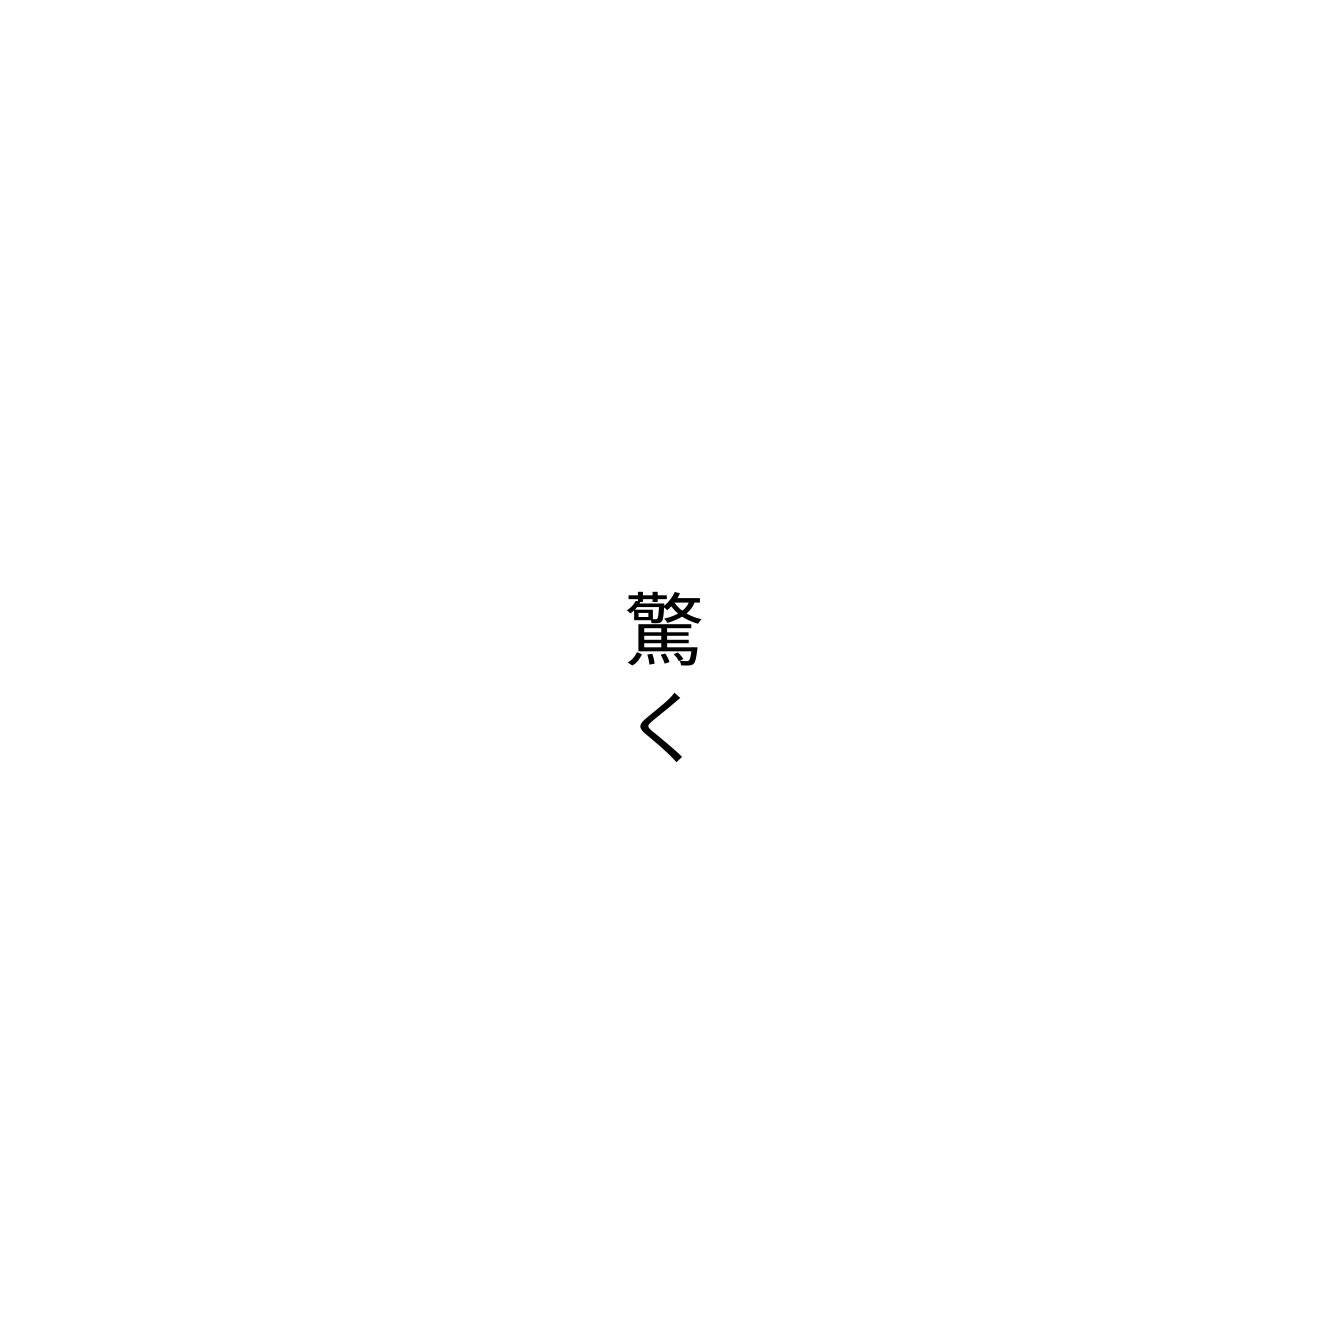
驚く